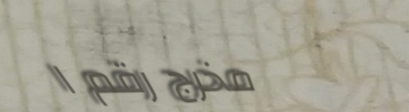
مخرج رقم ١